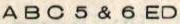
A B C 5 & 6 ED